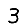
Digit: 3